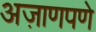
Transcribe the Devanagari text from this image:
अज़ाणपणे